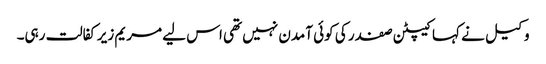
وکیل نے کہا کیپٹن صفدر کی کوئی آمدن نہیں تھی اس لیے مریم زیرکفالت رہی۔